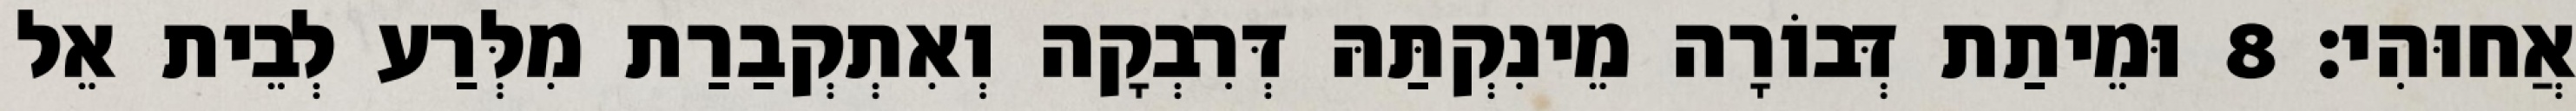
אֲחוּהִי׃ 8 וּמֵיתַת דְּבוֹרָה מֵינִקְתַּהּ דְּרִבְקָה וְאִתְקְבַרַת מִלְּרַע לְבֵית אֵל